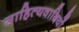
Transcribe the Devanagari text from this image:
साहित्यवादियों